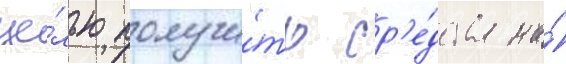
це́лью получи́ть ср'е́дства на́